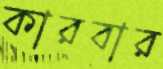
কারবার